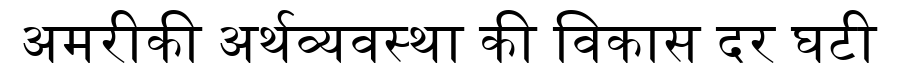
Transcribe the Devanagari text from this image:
अमरीकी अर्थव्यवस्था की विकास दर घटी